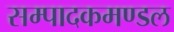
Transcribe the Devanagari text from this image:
सम्पादकमण्डल